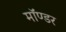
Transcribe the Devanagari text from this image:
मॉण्डर